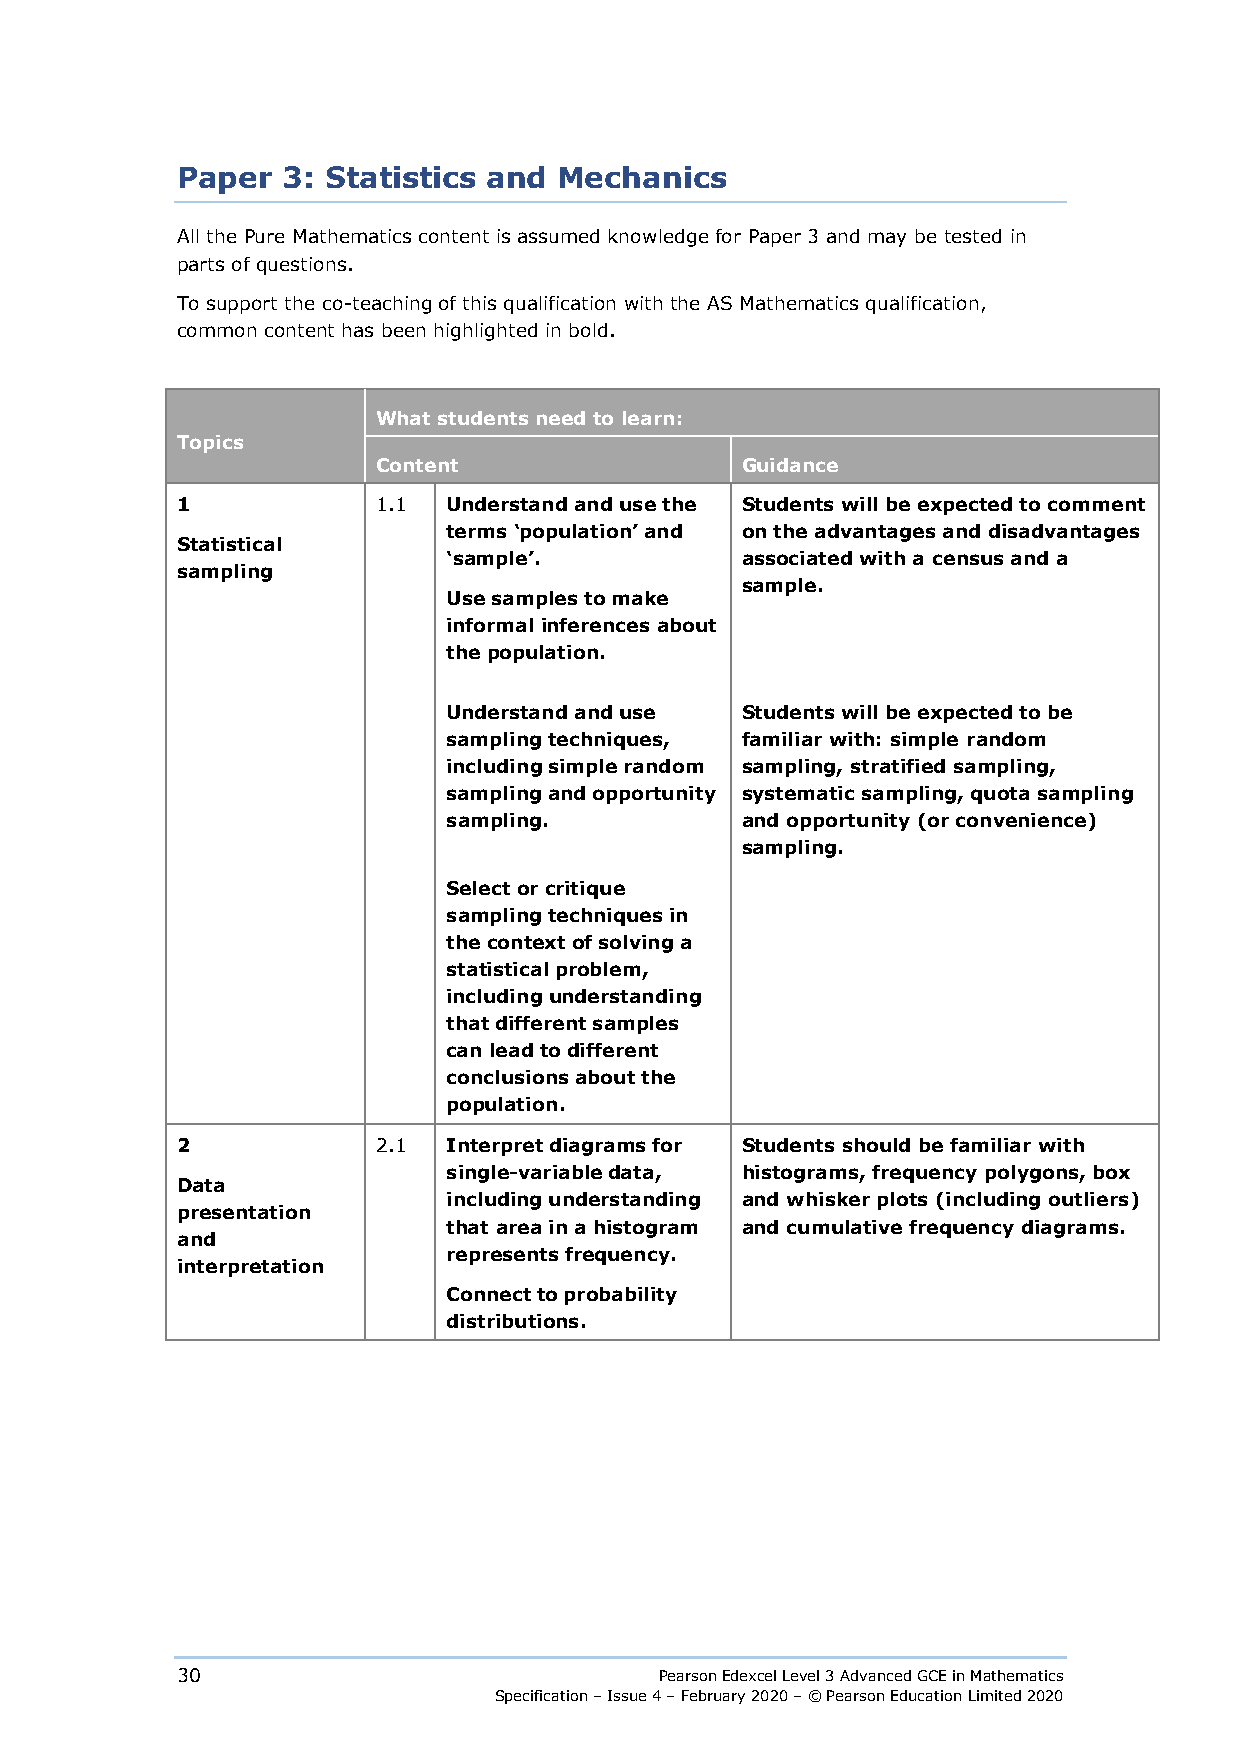
Paper  3: Statistics and Mechanics
 All the Pure Mathematics content is assumed knowledge for Paper 3 and may be tested in
 parts of questions.
 To support the co-teaching of this qualification with the AS Mathematics qualification,
 common content has been highlighted in bold.
 What students need to learn:
 Topics
 Content                 Guidance
 1            1.1  Understand and use the Students will be expected to comment
 terms ‘population’ and on the advantages and disadvantages
 Statistical
 ‘sample’.          associated with a census and a
 sampling
 sample.
 Use samples to make
 informal inferences about
 the population.
 Understand and use Students will be expected to be
 sampling techniques, familiar with: simple random
 including simple random sampling, stratified sampling,
 sampling and opportunity systematic sampling, quota sampling
 sampling.          and opportunity (or convenience)
 sampling.
 Select or critique
 sampling techniques in
 the context of solving a
 statistical problem,
 including understanding
 that different samples
 can lead to different
 conclusions about the
 population.
 2            2.1  Interpret diagrams for Students should be familiar with
 single-variable data, histograms, frequency polygons, box
 Data
 including understanding and whisker plots (including outliers)
 presentation
 that area in a histogram and cumulative frequency diagrams.
 and
 represents frequency.
 interpretation
 Connect to probability
 distributions.
 30                              Pearson Edexcel Level 3 Advanced GCE in Mathematics
 Specification – Issue 4 – February 2020 – © Pearson Education Limited 2020